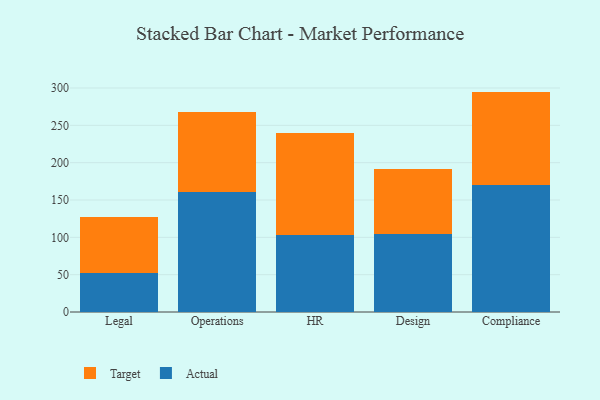
{"axis": {"x": "Department", "y": "Energy Usage (MWh)"}, "legend": ["Actual", "Target"], "data": [{"x": "Legal", "y": 51.6, "type": "Actual"}, {"x": "Legal", "y": 76.2, "type": "Target"}, {"x": "Operations", "y": 160.8, "type": "Actual"}, {"x": "Operations", "y": 106.9, "type": "Target"}, {"x": "HR", "y": 102.5, "type": "Actual"}, {"x": "HR", "y": 137.9, "type": "Target"}, {"x": "Design", "y": 104.6, "type": "Actual"}, {"x": "Design", "y": 87.0, "type": "Target"}, {"x": "Compliance", "y": 170.2, "type": "Actual"}, {"x": "Compliance", "y": 125.0, "type": "Target"}]}